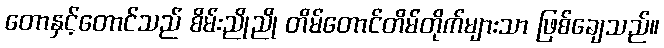
တောနှင့်တောင်သည် စိမ်းညိုညို တိမ်တောင်တိမ်တိုက်များသာ ဖြစ်ချေသည်။